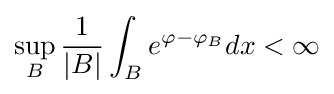
\sup _{B}{\frac {1}{|B|}}\int _{B}e^{\varphi -\varphi _{B}}dx<\infty